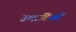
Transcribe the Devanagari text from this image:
उणादिकों